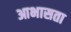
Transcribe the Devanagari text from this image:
आभासता